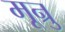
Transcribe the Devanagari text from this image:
मून्रु